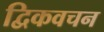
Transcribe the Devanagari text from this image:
द्विकवचन